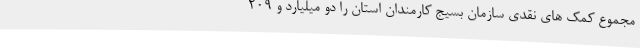
مجموع کمک های نقدی سازمان بسیج کارمندان استان را دو میلیارد و 209